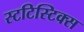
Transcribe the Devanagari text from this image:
स्टटिस्टिक्स